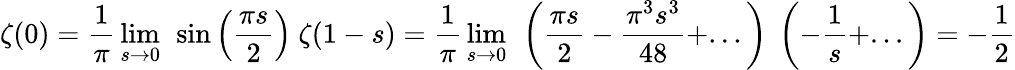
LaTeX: \zeta(0)={\frac{1}{\pi}}\operatorname*{lim}_{s\rightarrow 0}\ \sin\left({\frac{\pi s}{2}}\right)\ \zeta(1-s)={\frac{1}{\pi}}\operatorname*{lim}_{s\rightarrow 0}\ \left({\frac{\pi s}{2}}-{\frac{\pi^{3}s^{3}}{48}}+...\right)\ \left(-{\frac{1}{s}}+...\right)=-{\frac{1}{2}}